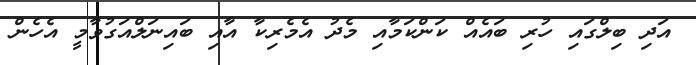
އަދި ބިލްގައި ހުރި ބައެއް ކަންކަމާއި މެދު އެމެރިކާ އާއި ބައިނަލްއަގުވާމީ އެހެން